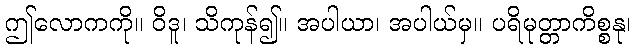
ဤလောကကို။ ဝိဒူ၊ သိကုန်၍။ အပါယာ၊ အပါယ်မှ။ ပရိမုတ္တာကိစ္စနု၊